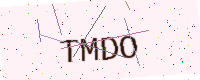
Text: TMDO